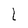
Character: L